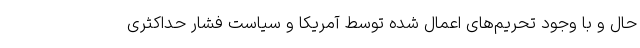
حال و با وجود تحریم‌های اعمال شده توسط آمریکا و سیاست فشار حداکثری